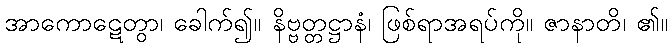
အာကောဋေတွာ၊ ခေါက်၍။ နိဗ္ဗတ္တဋ္ဌာနံ၊ ဖြစ်ရာအရပ်ကို။ ဇာနာတိ၊ ၏။